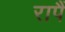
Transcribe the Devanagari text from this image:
रापैं